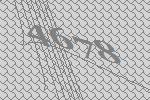
4678